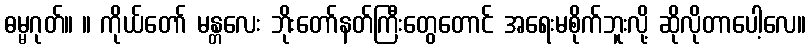
ဓမ္မဂုတ်။ ။ ကိုယ်တော် မန္တလေး ဘိုးတော်နတ်ကြီးတွေတောင် အရေးမစိုက်ဘူးလို့ ဆိုလိုတာပေါ့လေ။